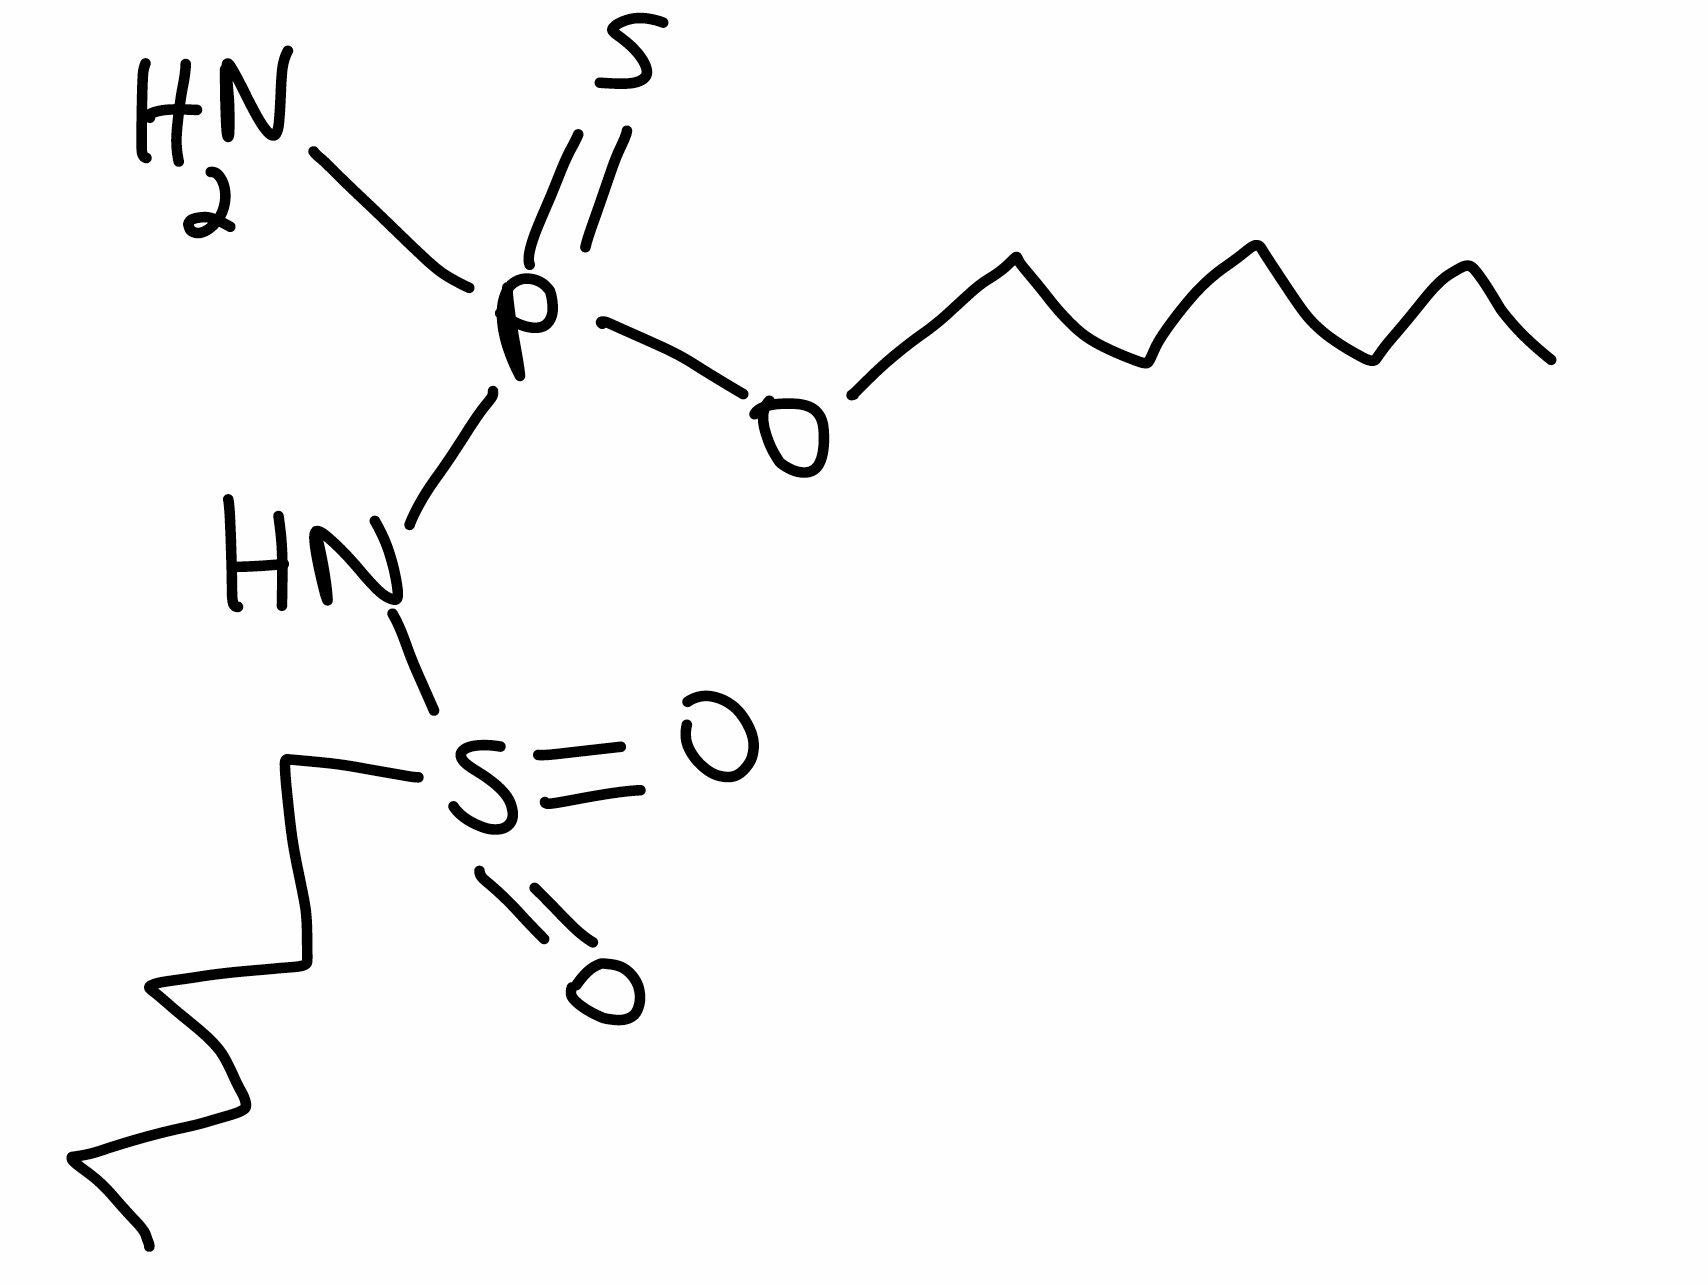
Simplified molecular-input line-entry system (SMILES) notation of the given molecule:
CCCCCCOP(=S)(N)NS(=O)(=O)CCCCCC